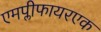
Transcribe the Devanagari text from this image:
एमप्लीफायरएक